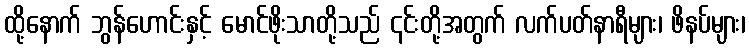
ထို့နောက် ဘွန်ဟောင်းနှင့် မောင်ဖိုးသာတို့သည် ၎င်းတို့အတွက် လက်ပတ်နာရီများ၊ ဖိနပ်များ၊